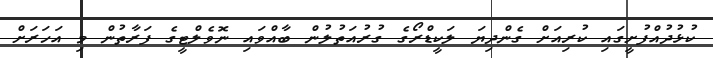
ކުޅުދުއްފުށީގައި ކުރިއަށް ގެންދިޔަ ލަކީޑްރޯގެ ގުރުއަތުލުން ބާއްވައި ނޮވެލްޓީގެ ފަރާތުން މި އަހަރަށް